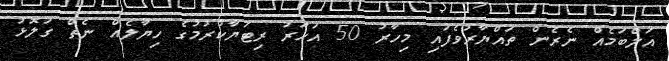
އަލްބަމެއް ނެރެން ތައްޔާރުވެފައި މިހާރު 50 އަހަރު ރިޓަޔާކުރުމުގެ ހިޔާލެއް ނެތް ގަލޮޅު